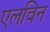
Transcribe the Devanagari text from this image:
एलविन